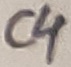
Text: C4